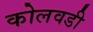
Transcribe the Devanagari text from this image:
कोलवडी